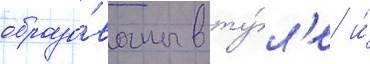
образо́ваны в ту́л'е и́